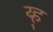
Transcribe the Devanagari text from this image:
य्ह्